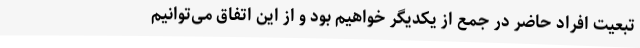
تبعیت افراد حاضر در جمع از یکدیگر خواهیم بود و از این اتفاق می‌توانیم